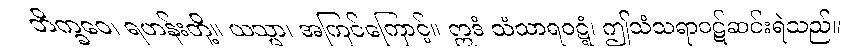
ဘိက္ခဝေ၊ ရဟန်းတို့။ ယသ္မာ၊ အကြင်ကြောင့်။ ဣဒံ သံသာရဝဋ္ဋံ၊ ဤသံသရာဝဋ်ဆင်းရဲသည်။